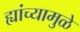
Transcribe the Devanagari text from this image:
ह्यांच्यामुळे